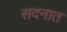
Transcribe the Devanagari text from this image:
सदनात